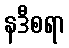
နဒီစရာ